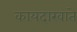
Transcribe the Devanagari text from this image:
कायदाखाते